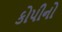
કોપીનો